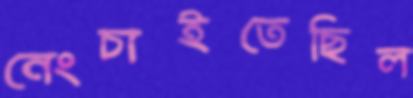
নেংচাইতেছিল